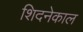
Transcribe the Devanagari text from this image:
शिदनेकाल